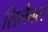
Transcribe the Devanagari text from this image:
सिलैबल